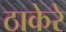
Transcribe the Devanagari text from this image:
ठाकेरे